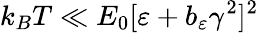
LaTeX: k_{B}T\ll E_{0}[\varepsilon+b_{\varepsilon}\gamma^{2}]^{2}